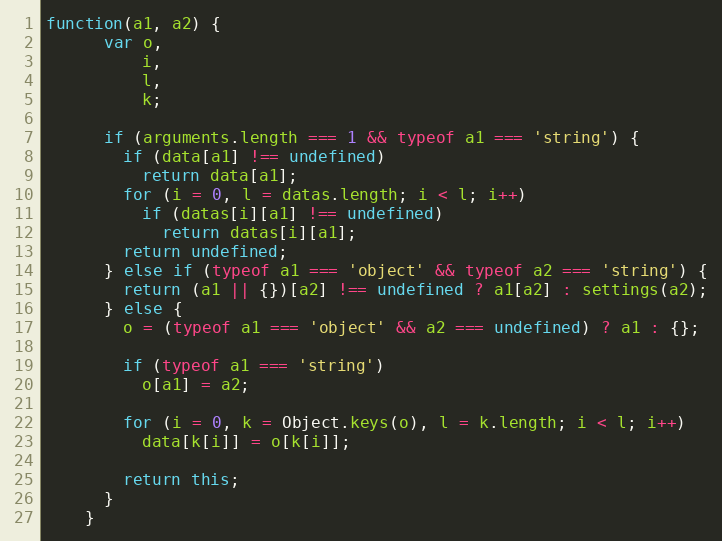
Language: JavaScript
function(a1, a2) {
      var o,
          i,
          l,
          k;

      if (arguments.length === 1 && typeof a1 === 'string') {
        if (data[a1] !== undefined)
          return data[a1];
        for (i = 0, l = datas.length; i < l; i++)
          if (datas[i][a1] !== undefined)
            return datas[i][a1];
        return undefined;
      } else if (typeof a1 === 'object' && typeof a2 === 'string') {
        return (a1 || {})[a2] !== undefined ? a1[a2] : settings(a2);
      } else {
        o = (typeof a1 === 'object' && a2 === undefined) ? a1 : {};

        if (typeof a1 === 'string')
          o[a1] = a2;

        for (i = 0, k = Object.keys(o), l = k.length; i < l; i++)
          data[k[i]] = o[k[i]];

        return this;
      }
    }